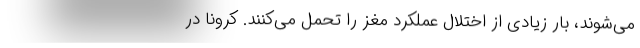
می‌شوند، بار زیادی از اختلال عملکرد مغز را تحمل می‌کنند. کرونا در